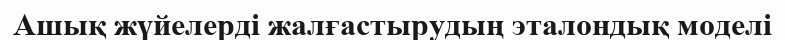
Ашық жүйелерді жалғастырудың эталондық моделі